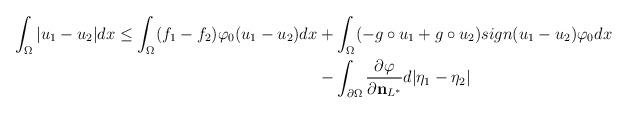
LaTeX: \begin{align*}\int_\Omega |u_1-u_2|dx \leq \int_\Omega(f_1-f_2)\varphi_0(u_1-u_2) dx & + \int_\Omega (-g\circ u_1+g\circ u_2)sign(u_1-u_2)\varphi_0 dx\\& -\int_{\partial\Omega} \frac{\partial \varphi}{\partial {\bf{n}}_{L^{*}}}d|\eta_1-\eta_2|\end{align*}